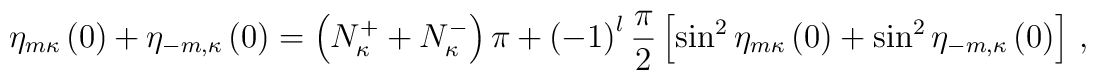
\eta_{m\kappa}\left(0\right)+\eta_{-m,\kappa}\left(0\right)=\left(N_\kappa^++N_\kappa^-\right)\pi+\left(-1\right)^l\frac{\pi}{2}\left[\sin^2\eta_{m\kappa}\left(0\right)+\sin^2\eta_{-m,\kappa}\left(0\right)\right]\,,